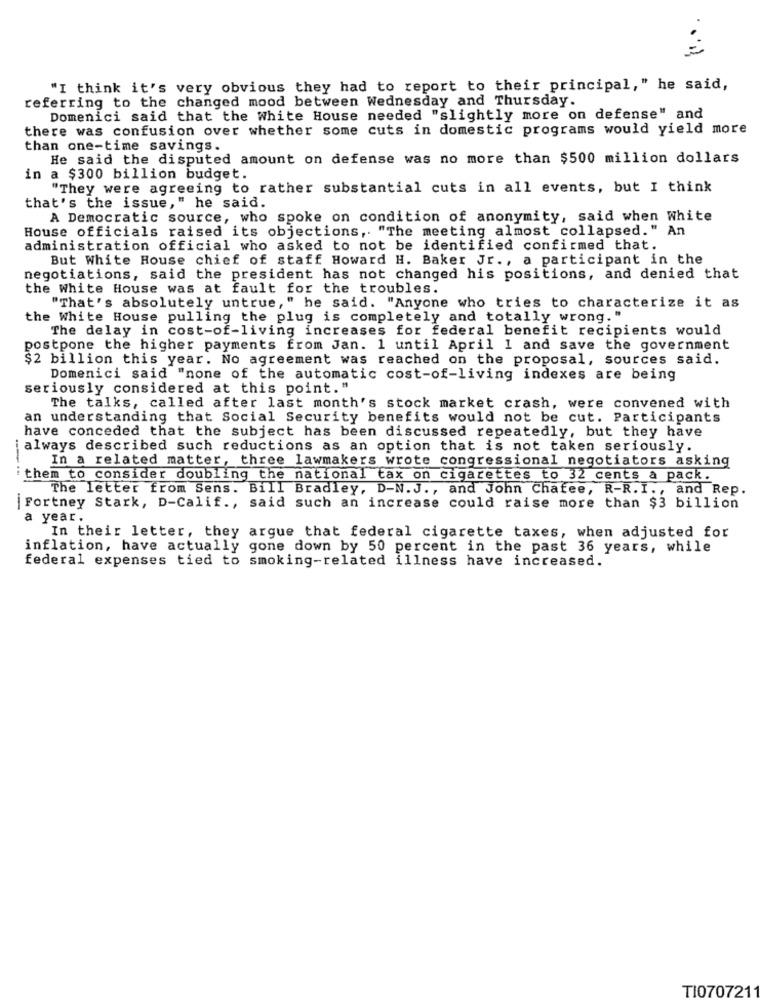
"I think it's very obvious they had to report to their principal," he said,
referring to the changed mood between Wednesday and Thursday.
Domenici said that the White House needed "slightly more on defense" and
there was confusion over whether some cuts in domestic programs would yield more
than one-time savings.
He said the disputed amount on defense was no more than $500 million dollars
in a $300 billion budget.
"They were agreeing to rather substantial cuts in all events, but I think
that's the issue," he said.
A Democratic source, who spoke on condition of anonymity, said when White
House officials raised its objections, "The meeting almost collapsed." An
administration official who asked to not be identified confirmed that.
But White House chief of staff Howard H. Baker Jr ., a participant in the
negotiations, said the president has not changed his positions, and denied that
the white House was at fault for the troubles.
"That's absolutely untrue," he said. "Anyone who tries to characterize it as
the White House pulling the plug is completely and totally wrong. "
The delay in cost-of-living increases for federal benefit recipients would
postpone the higher payments from Jan. 1 until April 1 and save the government
$2 billion this year. No agreement was reached on the proposal, sources said.
Domenici said "none of the automatic cost-of-living indexes are being
seriously considered at this point."
The talks, called after last month's stock market crash, were convened with
an understanding that Social Security benefits would not be cut. Participants
have conceded that the subject has been discussed repeatedly, but they have
always described such reductions as an option that is not taken seriously.
In a related matter, three lawmakers wrote congressional negotiators asking
them to consider doubling the national tax on cigarettes to 32 cents a pack.
The letter from Sens. Bill Bradley, D-N. J ., and John Chafee, R-R. I ., and Rep.
|Fortney Stark, D-Calif ., said such an increase could raise more than $3 billion
a year.
In their letter, they argue that federal cigarette taxes, when adjusted for
inflation, have actually gone down by 50 percent in the past 36 years, while
federal expenses tied to smoking-related illness have increased.
TI0707211